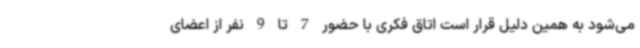
می‌شود به همین دلیل قرار است اتاق فکری با حضور 7 تا 9 نفر از اعضای